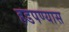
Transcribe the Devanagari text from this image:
हडपण्यास